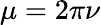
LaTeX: \mu=2\pi\nu